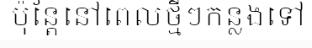
ប៉ុន្តែនៅពេលថ្មីៗកន្លងទៅ